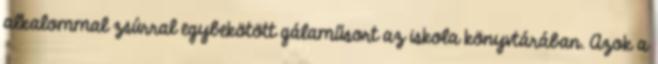
alkalommal zsúrral egybekötött gálaműsort az iskola könyvtárában. Azok a